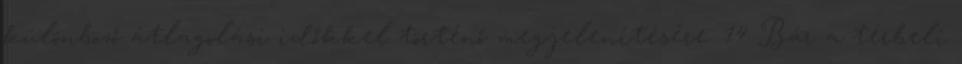
különböző átlagolási időkkel történő megjelenítésére. 14 Bár a térbeli